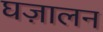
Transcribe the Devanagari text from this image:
घज़ालन